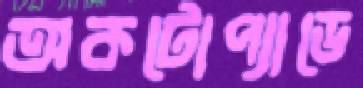
অকটোপ্যাডে